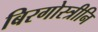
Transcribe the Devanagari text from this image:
बिरगोस्त्रीनि